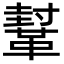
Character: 鞤